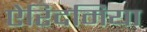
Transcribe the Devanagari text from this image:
ऐरिदमिया